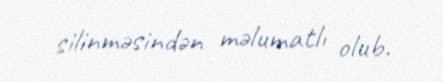
silinməsindən məlumatlı olub.